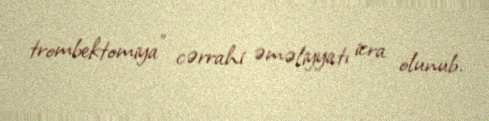
trombektomiya" cərrahi əməliyyatı icra olunub.